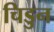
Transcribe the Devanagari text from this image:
चिडुन